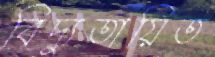
বিদ্যুতায়িত